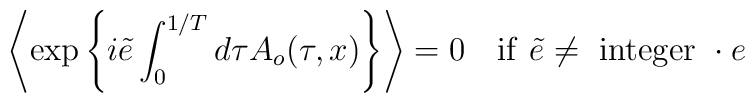
\left\langle \exp\left\{ i\tilde e\int_0^{1/T}d\tau A_o(\tau,x)\right\}\right\rangle=0~~~{\rm if}~\tilde e\neq~{\rm integer}~\cdot e\nonumber